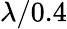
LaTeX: \lambda/0.4